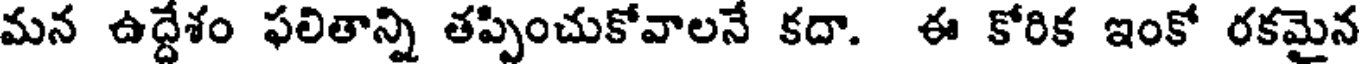
మన ఉద్దేశం ఫలితాన్ని తప్పించుకోవాలనే కదా. ఈ కోరిక ఇంకో రకమైన